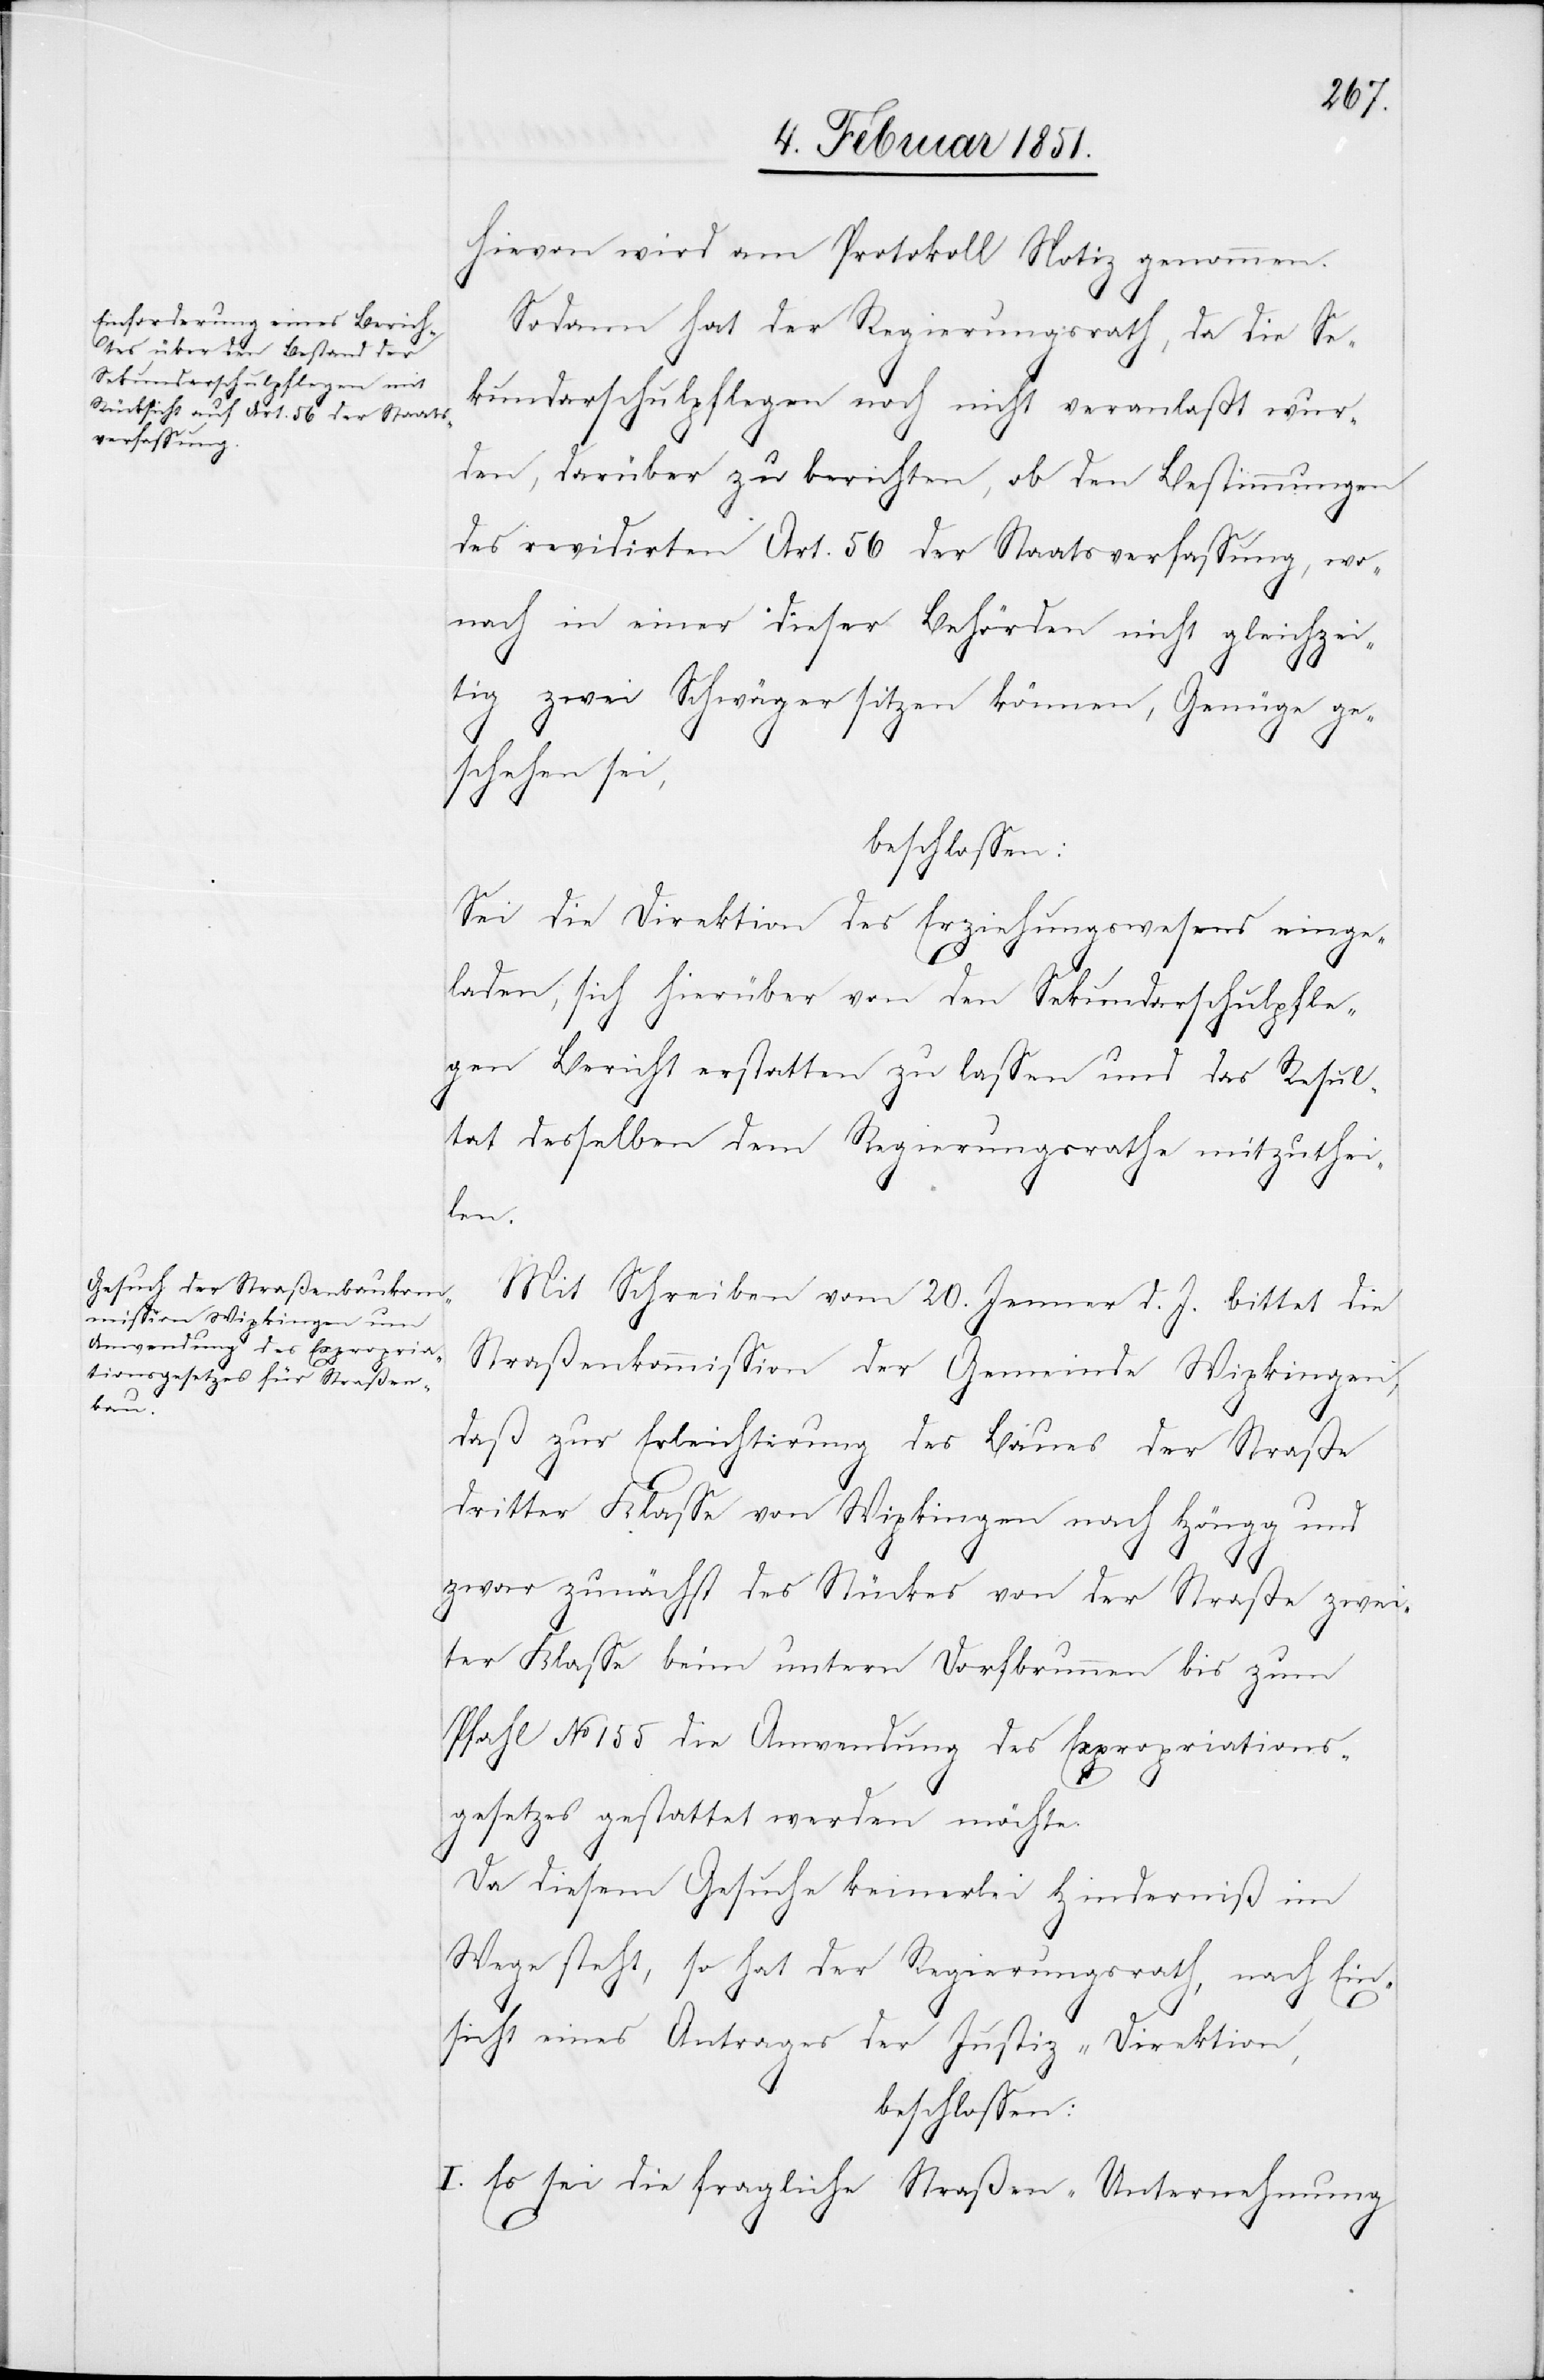
Hievon wird am Protokoll Notiz genommen.
Sodann hat der Regierungsrath, da die Se¬
kundarschulpflegen noch nicht veranlaßt wur¬
den, darüber zu berichten, ob den Bestimmungen
des revidirten Art. 56 der Staatsverfassung, wo¬
nach in einer dieser Behörden nicht gleichzei¬
tig zwei Schwäger sitzen können, Genüge ge¬
schehen sei,
beschlossen:
Sei die Direktion des Erziehungswesens einge¬
laden, sich hierüber von den Sekundarschulpfle¬
gen Bericht erstatten zu lassen und das Resul¬
tat desselben dem Regierungsrathe mitzuthei¬
len.
Mit Schreiben vom 20. Jenner d. J. bittet die
Straßenkommission der Gemeinde Wipkingen,
daß zur Erleichterung des Baues der Straße
dritter Klasse von Wipkingen nach Höngg und
zwar zunächst des Stückes von der Straße zwei¬
ter Klasse beim untern Dorfbrunnen bis zum
Pfahl No 155 die Anwendung des Expropriations¬
gesetzes gestattet werden möchte.
Da diesem Gesuche keinerlei Hinderniß im
Wege steht, so hat der Regierungsrath, nach Ein¬
sicht eines Antrages der Justiz-Direktion,
beschlossen:
I. Es sei die fragliche Straßen-Unternehmung